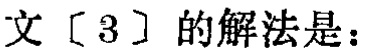
文[3]的解法是：